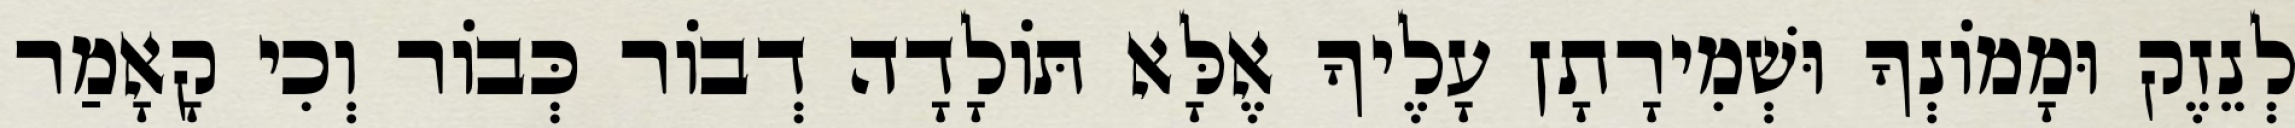
לְנֵזֶק וּמָמוֹנְךָ וּשְׁמִירָתָן עָלֶיךָ אֶלָּא תּוֹלָדָה דְבוֹר כְּבוֹר וְכִי קָאָמַר